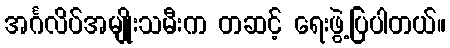
အင်္ဂလိပ်အမျိုးသမီးက တဆင့် ရေးဖွဲ့ပြပါတယ်။